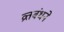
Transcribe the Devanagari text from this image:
व्रतबंधने